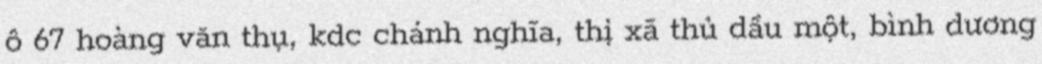
ô 67 hoàng văn thụ, kdc chánh nghĩa, thị xã thủ dầu một, bình dương